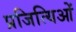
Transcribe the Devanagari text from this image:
प्रजित्यिओं